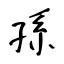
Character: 孫